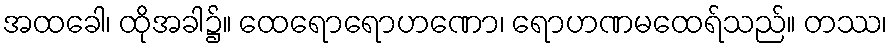
အထခေါ၊ ထိုအခါ၌။ ထေရောရောဟဏော၊ ရောဟဏမထေရ်သည်။ တဿ၊